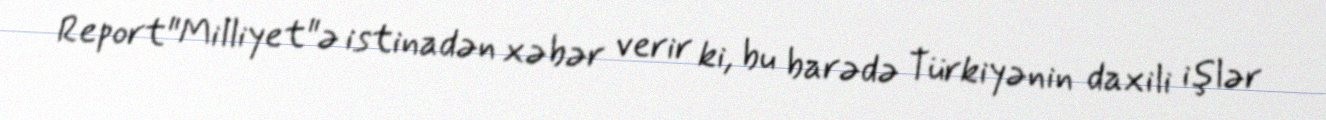
Report"Milliyet"ə istinadən xəbər verir ki, bu barədə Türkiyənin daxili işlər